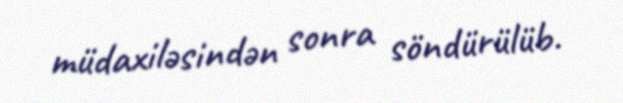
müdaxiləsindən sonra söndürülüb.